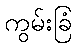
ကွမ်းခြံ